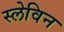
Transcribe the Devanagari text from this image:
स्लेविन